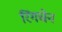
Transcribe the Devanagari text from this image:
रिंगचेन